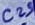
Text: C25